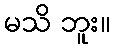
မသိ ဘူး။